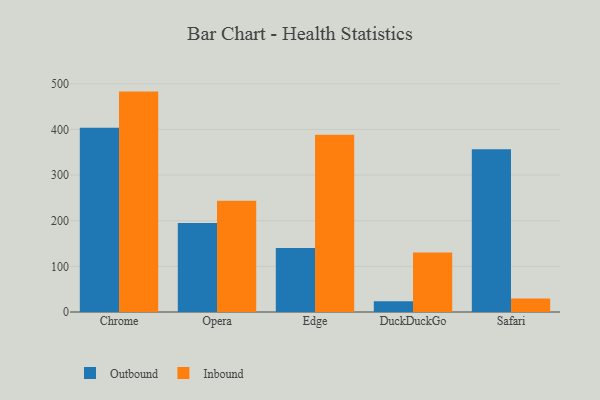
{"axis": {"x": "Browser", "y": "Market Share (%)"}, "legend": ["Inbound", "Outbound"], "data": [{"x": "Chrome", "y": 403.6, "type": "Outbound"}, {"x": "Chrome", "y": 482.9, "type": "Inbound"}, {"x": "Opera", "y": 195.2, "type": "Outbound"}, {"x": "Opera", "y": 243.6, "type": "Inbound"}, {"x": "Edge", "y": 140.1, "type": "Outbound"}, {"x": "Edge", "y": 388.3, "type": "Inbound"}, {"x": "DuckDuckGo", "y": 23.4, "type": "Outbound"}, {"x": "DuckDuckGo", "y": 130.4, "type": "Inbound"}, {"x": "Safari", "y": 356.7, "type": "Outbound"}, {"x": "Safari", "y": 29.6, "type": "Inbound"}]}